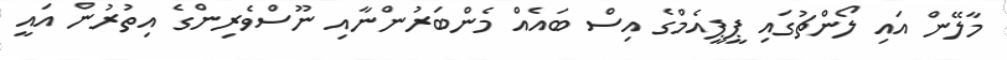
މާލޭން އައި ލޯންޗުގައި ޕީޕީއެމްގެ އިސް ބައެއް މެންބަރުންނާއި ނޫސްވެރިންގެ އިތުރުން އައީ